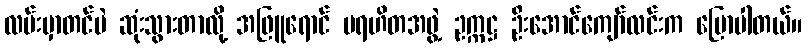
လမ်းမှာတင်ပဲ ဆုံးသွားတာလို့ အဖြူရောင် ပရဟိတအဖွဲ့ ဥက္ကဋ္ဌ ဦးအောင်ကျော်လင်းက ပြောပါတယ်။